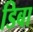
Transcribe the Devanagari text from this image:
डिबा